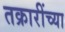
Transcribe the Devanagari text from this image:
तक्रारींच्या